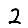
Digit: 2